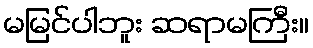
မမြင်ပါဘူး ဆရာမကြီး။